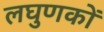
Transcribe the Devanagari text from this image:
लघुणकों